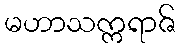
မဟာသက္ကရာဇ်